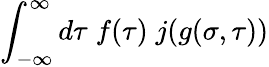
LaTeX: \int_{-\infty}^{\infty}d\tau\; f(\tau)\; j(g(\sigma,\tau))